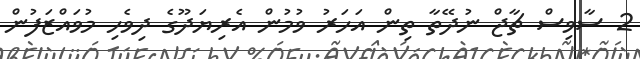
2 ސާވިސް ޗާޖް ނުދޭތާ ތިން އަހަރު ވުމުން އެރިޔަދޫގެ ދިވެހި މުވައްޒަފުން